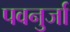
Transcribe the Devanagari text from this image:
पवनुर्जा